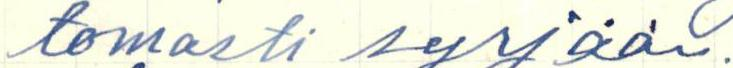
tomasti syrjään.